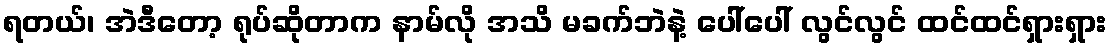
ရတယ်၊ အဲဒီတော့ ရုပ်ဆိုတာက နာမ်လို အသိ မခက်ဘဲနဲ့ ပေါ်ပေါ် လွင်လွင် ထင်ထင်ရှားရှား